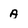
Character: A